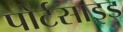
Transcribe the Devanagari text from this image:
पोर्टसाइड